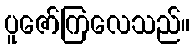
ပူဇော်ကြလေသည်။